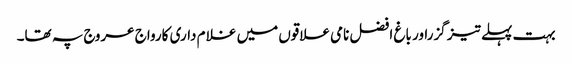
بہت پہلے تیز گزراور باغ افضل نامی علاقوں میں غلا م داری کارواج عروج پہ تھا۔